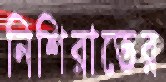
নিশিরাতের